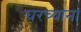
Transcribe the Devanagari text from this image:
घरच्याना